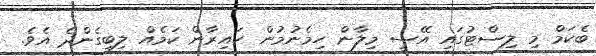
ބެކަމް މި ލިސްޓުގައި އޭސީ މިލާން ހިމެނުމުން ހައިރާން ކަމެއް ލިބިގެންދެ އެވެ.